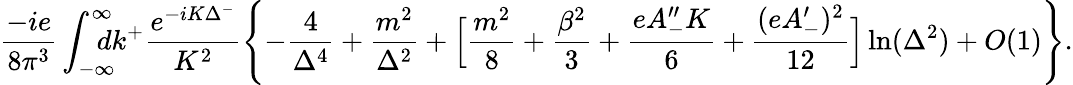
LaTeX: \frac{-ie}{8\pi^{3}}\int_{-\infty}^{\infty}\! \! \! \! \! dk^{+}{\frac{e^{-iK\Delta^{-}}}{K^{2}}}\Biggl\{ -{\frac{4}{\Delta^{4}}}+{\frac{m^{2}}{\Delta^{2}}}+\Bigl[{\frac{m^{2}}{8}}+{\frac{\beta^{2}}{3}}+{\frac{eA_{-}^{\prime\prime}K}{6}}+{\frac{(eA_{-}^{\prime})^{2}}{12}}\Bigr]\ln(\Delta^{2})+O(1)\Biggr\} .